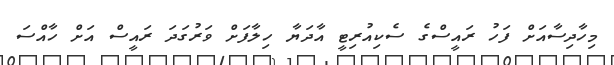
މިހާދިސާއަށް ފަހު ރައީސްގެ ސެކިއުރިޓީ އާދަޔާ ހިލާފަށް ވަރުގަދަ ރައީސް އަށް ހާއްސަ